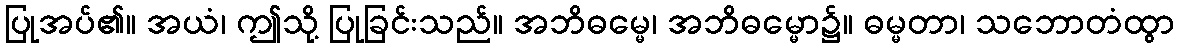
ပြုအပ်၏။ အယံ၊ ဤသို့ ပြုခြင်းသည်။ အဘိဓမ္မေ၊ အဘိဓမ္မော၌။ ဓမ္မတာ၊ သဘောတံထွာ